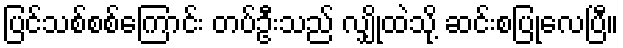
ပြင်သစ်စစ်ကြောင်း တပ်ဦးသည် လျှိုထဲသို့ ဆင်းစပြုလေပြီ။